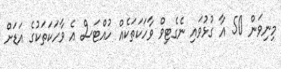
މިނިވަން 50 އާ ގުޅުވައި ނެގެޓިވް ވާހަކަތަކެއް ހުއްޓަސް އެ ވާހަކަތަކުގެ އަޑަށް